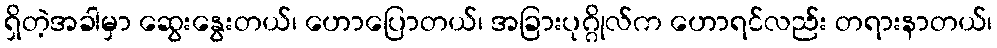
ရှိတဲ့အခါမှာ ဆွေးနွေးတယ်၊ ဟောပြောတယ်၊ အခြားပုဂ္ဂိုလ်က ဟောရင်လည်း တရားနာတယ်၊